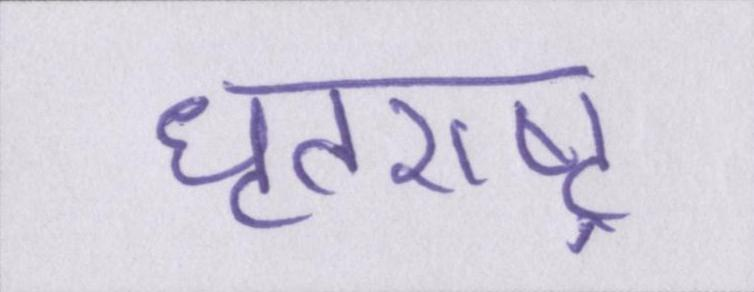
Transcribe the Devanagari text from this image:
धॄतराष्ट्र